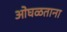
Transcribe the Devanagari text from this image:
ओघळताना